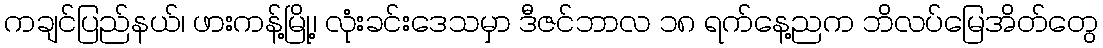
ကချင်ပြည်နယ်၊ ဖားကန့်မြို့၊ လုံးခင်းဒေသမှာ ဒီဇင်ဘာလ ၁၈ ရက်နေ့ညက ဘိလပ်မြေအိတ်တွေ